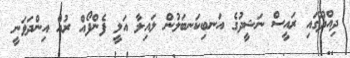
ދިއްދޫގައި ރައީސް ނަޝީދުގެ އަނބިކަނބަލުން ލައިލާ އަލީ ފެންފޯއް ރުއް އިންދަވަނީ